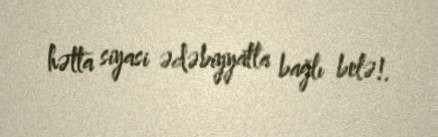
hətta siyasi ədəbiyyatla bağlı belə!.